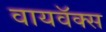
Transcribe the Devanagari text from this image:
वायवॅक्स